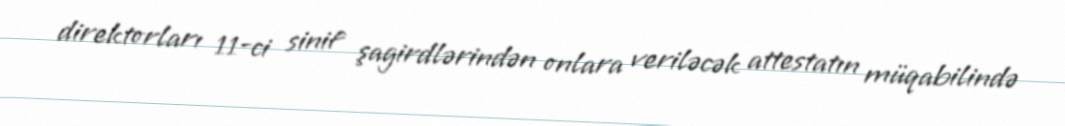
direktorları 11-ci sinif şagirdlərindən onlara veriləcək attestatın müqabilində